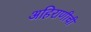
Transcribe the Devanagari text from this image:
अहिराणीची